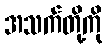
အသက်တို့ကို